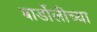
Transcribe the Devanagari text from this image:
बार्डोलीच्या